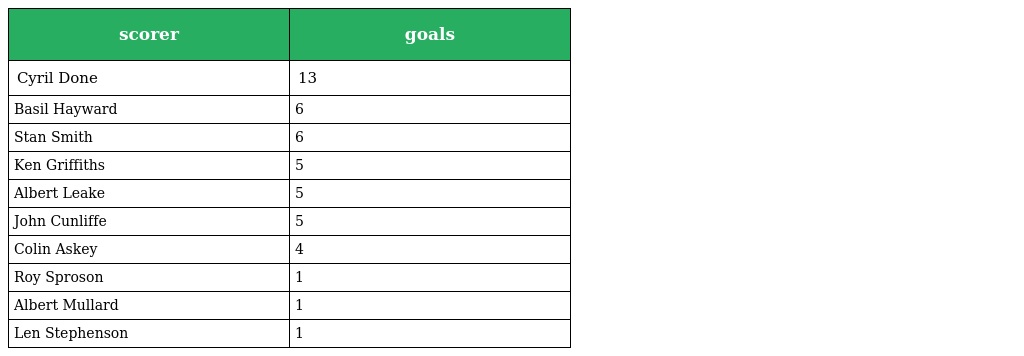
| scorer | goals |
 | --- | --- |
 | Cyril Done | 13 |
 | Basil Hayward | 6 |
 | Stan Smith | 6 |
 | Ken Griffiths | 5 |
 | Albert Leake | 5 |
 | John Cunliffe | 5 |
 | Colin Askey | 4 |
 | Roy Sproson | 1 |
 | Albert Mullard | 1 |
 | Len Stephenson | 1 |